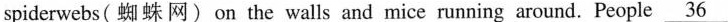
spiderwebs(蜘 蛛网) on the walls and mice running around. People \underline{36}